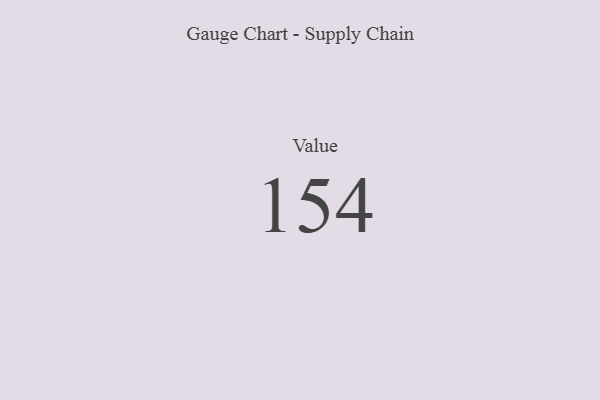
{"axis": {"x": "Metric", "y": "Value"}, "legend": [""], "data": [{"x": "Value", "y": 154, "type": ""}]}